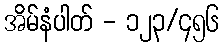
အိမ်နံပါတ် - ၁၂၃/၄၅၆